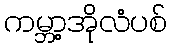
ကမ္ဘာ့အိုလံပစ်